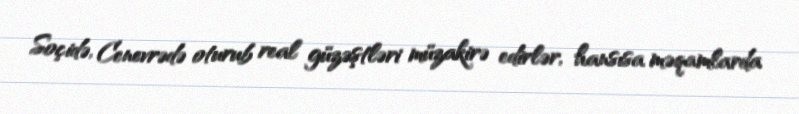
Soçidə, Cenevrədə oturub real güzəştləri müzakirə edirlər, hansısa məqamlarda